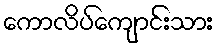
ကောလိပ်ကျောင်းသား